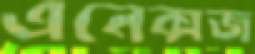
এনেক্সজ